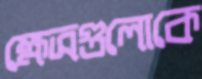
ক্ষেত্রগুলোকে